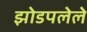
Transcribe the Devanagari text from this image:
झोडपलेले